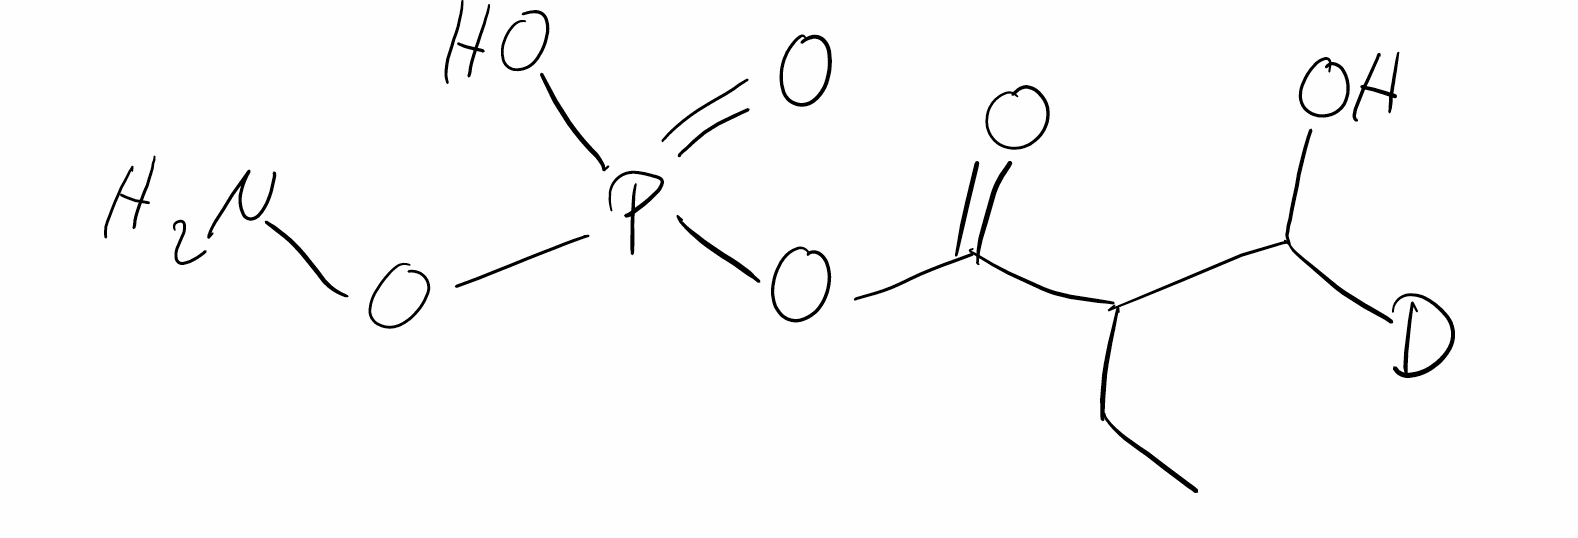
Simplified molecular-input line-entry system (SMILES) notation of the given molecule:
[2H]C(C(CC)C(=O)OP(=O)(O)ON)O